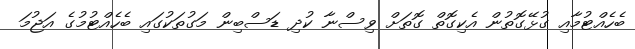
ބެހެއްޓުމާއި ގުޅޭގޮތުން އެކިގޮތް ގޮތަށް ވިސްނާ ކުދި ޑަސްބިން މަގުތަކުގައި ބެހެއްޓުމުގެ އަޖުމަ